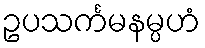
ဥပသင်္ကမနမ္ပဟံ